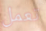
تعمل